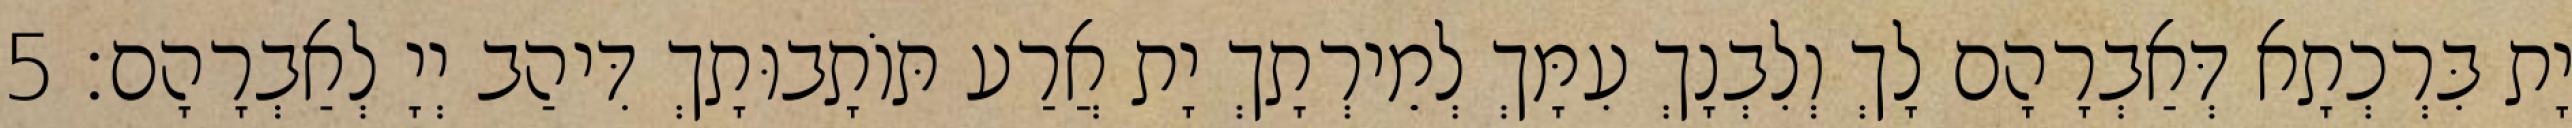
יָת בִּרְכְתָא דְּאַבְרָהָם לָךְ וְלִבְנָךְ עִמָּךְ לְמֵירְתָךְ יָת אֲרַע תּוֹתָבוּתָךְ דִּיהַב יְיָ לְאַבְרָהָם׃ 5